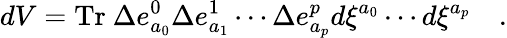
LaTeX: dV=\mathrm{Tr}~\Delta e_{a_{0}}^{0}\Delta e_{a_{1}}^{1}\cdots\Delta e_{a_{p}}^{p}d\xi^{a_{0}}\cdots d\xi^{a_{p}}\quad.